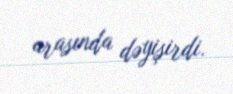
arasında dəyişirdi.